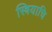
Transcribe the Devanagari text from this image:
स्त्रियाचि